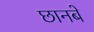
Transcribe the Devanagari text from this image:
छानबें